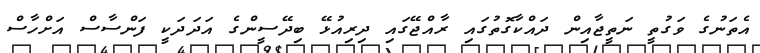
އެތަނުގެ ވަގުތީ ނަތީޖާއިން ދައްކާގޮތުގައި ރާއްޖޭގައި ދިރިއުޅޭ ބިދޭސީންގެ އަދަދަކީ ފަންސާސް އަށްހާސް